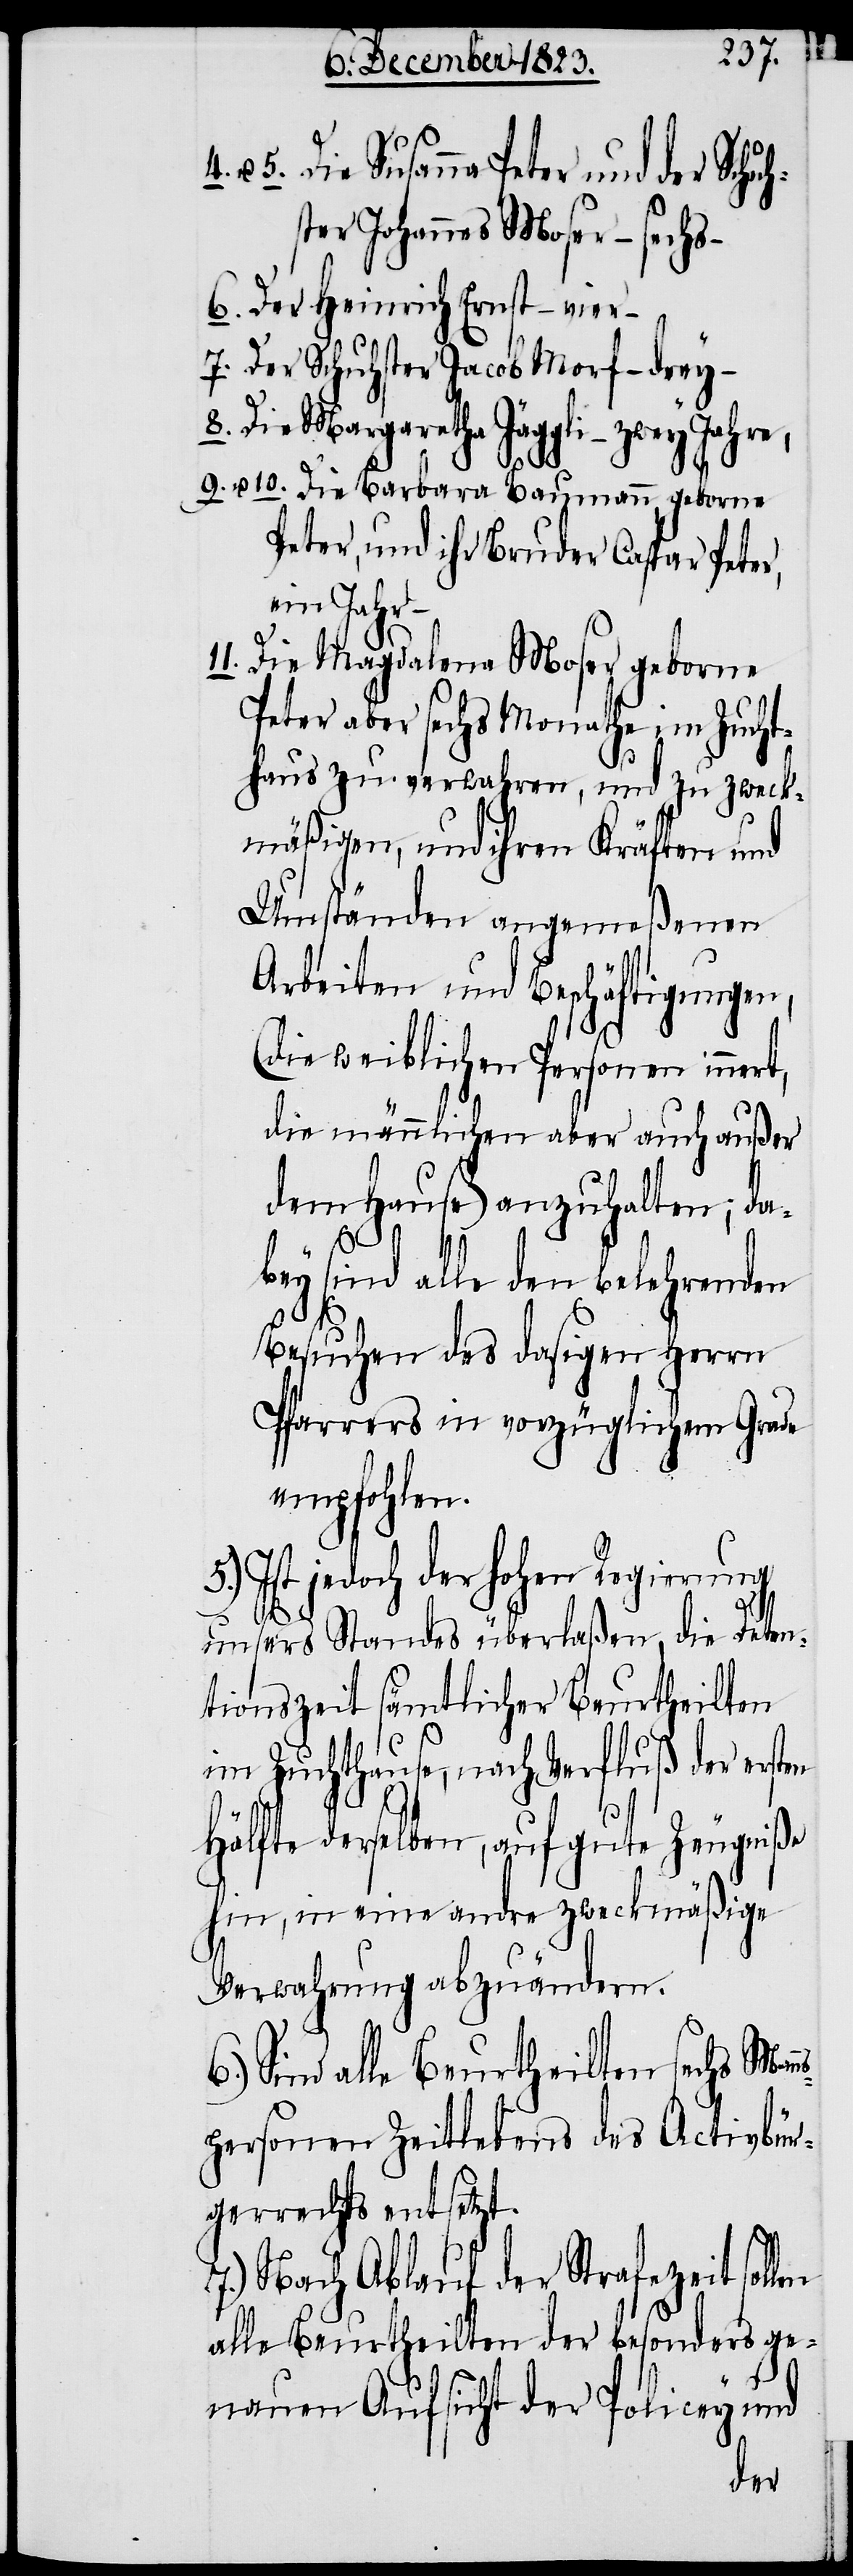
u. 5. Die Susanna Peter und der Sch¬
ter Johannes Moser – sechs –
6. Der Heinrich Ernst – vier –
7. Der Schuhster Jacob Morf – drey –
8. Die Margaretha Jäggli – zwey Jahre,
9. u. 10. Die Barbara Baumann, geborne
Peter, und ihr Bruder Caspar Peter,
ein Jahr
11. Die Magdalena Moser geborne
Peter aber sechs Monathe im Zucht¬
haus zu verwahren, und zu zweck¬
mäßigen, und ihren Kräften und
Umständen angemeßenen
Arbeiten und Beschäftigungen,
(die weiblichen Personen innert,
die männlichen aber auch außer
dem Hause) anzuhalten; da¬
len
bey sind alle den belehrenden
Besuchen des dasigen Herrn
Pfarrers in vorzüglichem Grade
empfohlen.
Ist jedoch der hohen Regierung
unsers Standes überlaßen, die Deten¬
tionszeit sämtlicher Beurtheilten
im Zuchthause, nach Verfluß der ersten
Hälfte derselben, auf gute Zeugniße
hin, in eine andre zweckmäßige
Verwahrung abzuändern.
Sind alle Beurtheilten sechs Man¬
personen Zeitlebens des Activbür¬
gerrechts entsetzt.
7.) Nach Ablauf der Strafezeit sol¬
alle Beurtheilten der besonders ge¬
nauen Aufsicht der Policey und